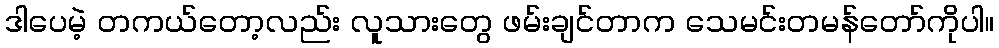
ဒါပေမဲ့ တကယ်တော့လည်း လူသားတွေ ဖမ်းချင်တာက သေမင်းတမန်တော်ကိုပါ။